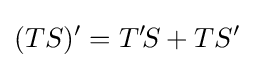
(TS)^{\prime }=T^{\prime }\!S+TS^{\prime }